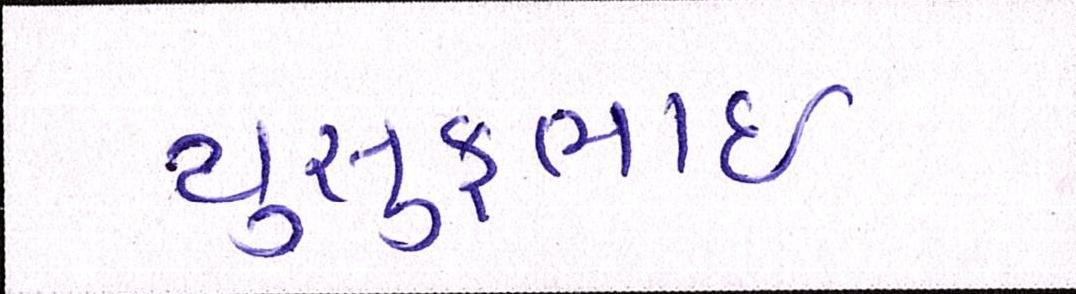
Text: યુસુફભાઈ